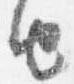
由